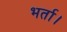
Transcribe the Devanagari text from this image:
भर्ता।